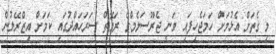
މި ގެތަށް އެޅުމަށް ހަމަޖެހިފައި ވަނީ ޖެރޫސަލެމްގެ ރަމޮތް ސަރަހައްދުގައި ކަމަށް އިޒްރޭލުން